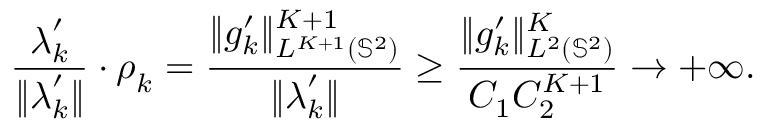
\frac { \boldsymbol { \lambda } _ { k } ^ { \prime } } { \| \boldsymbol { \lambda } _ { k } ^ { \prime } \| } \cdot \boldsymbol { \rho } _ { k } = \frac { \| g _ { k } ^ { \prime } \| _ { L ^ { K + 1 } ( \mathbb { S } ^ { 2 } ) } ^ { K + 1 } } { \| \boldsymbol { \lambda } _ { k } ^ { \prime } \| } \geq \frac { \| g _ { k } ^ { \prime } \| _ { L ^ { 2 } ( \mathbb { S } ^ { 2 } ) } ^ { K } } { C _ { 1 } C _ { 2 } ^ { K + 1 } } \rightarrow + \infty .